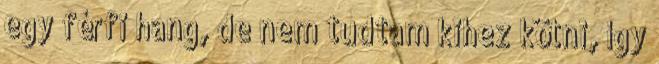
egy férfi hang, de nem tudtam kihez kötni, így